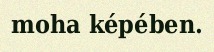
moha képében.